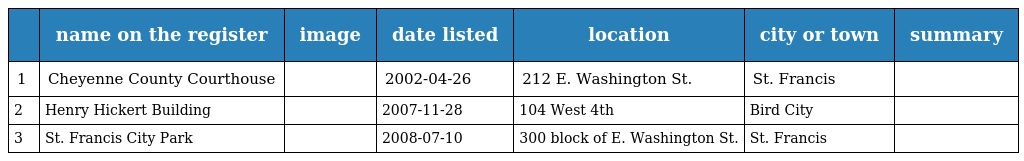
|  | name on the register | image | date listed | location | city or town | summary |
 | --- | --- | --- | --- | --- | --- | --- |
 | 1 | Cheyenne County Courthouse |  | 2002-04-26 | 212 E. Washington St. | St. Francis |  |
 | 2 | Henry Hickert Building |  | 2007-11-28 | 104 West 4th | Bird City |  |
 | 3 | St. Francis City Park |  | 2008-07-10 | 300 block of E. Washington St. | St. Francis |  |